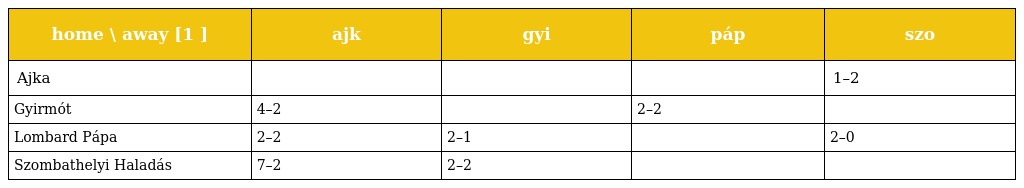
| home \ away [1 ] | ajk | gyi | páp | szo |
 | --- | --- | --- | --- | --- |
 | Ajka |  |  |  | 1–2 |
 | Gyirmót | 4–2 |  | 2–2 |  |
 | Lombard Pápa | 2–2 | 2–1 |  | 2–0 |
 | Szombathelyi Haladás | 7–2 | 2–2 |  |  |